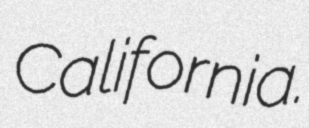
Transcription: California.